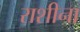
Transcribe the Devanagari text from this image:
राशीना